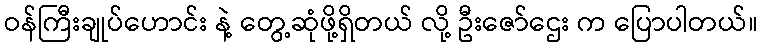
ဝန်ကြီးချုပ်ဟောင်း နဲ့ တွေ့ဆုံဖို့ရှိတယ် လို့ ဦးဇော်ဌေး က ပြောပါတယ်။